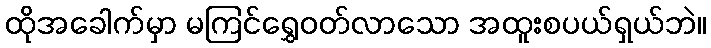
ထိုအခေါက်မှာ မကြင်ရွှေဝတ်လာသော အထူးစပယ်ရှယ်ဘဲ။